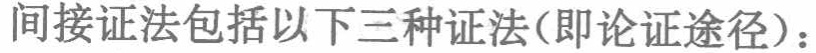
间接证法包括以下三种证法(即论证途径)：